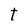
Character: t